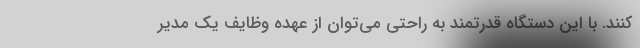
‌کنند. با این دستگاه قدرتمند به راحتی می‌توان از عهده وظایف یک مدیر